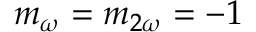
m _ { \omega } = m _ { 2 \omega } = - 1